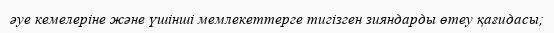
әуе кемелеріне және үшінші мемлекеттерге тигізген зияндарды өтеу қағидасы;